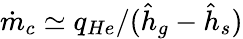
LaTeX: \dot{m}_{c}\simeq q_{He}/(\hat{h}_{g}-\hat{h}_{s})